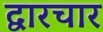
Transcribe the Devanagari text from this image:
द्वारचार